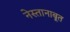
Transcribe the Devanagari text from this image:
नेस्तानाबूत